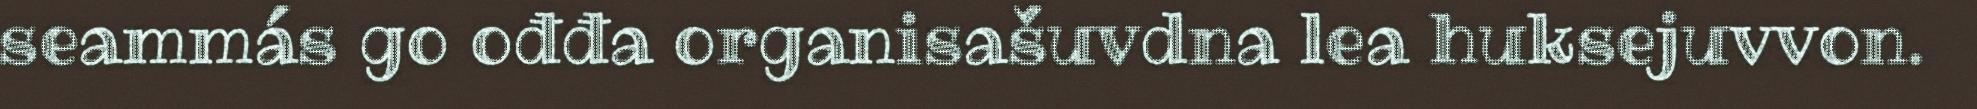
seammás go ođđa organisašuvdna lea huksejuvvon.